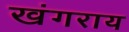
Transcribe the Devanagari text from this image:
खंगराय